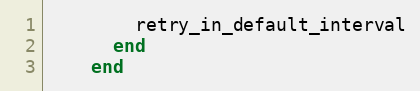
Language: Ruby
        retry_in_default_interval
      end
    end